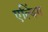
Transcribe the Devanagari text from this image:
एल्बिंग